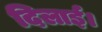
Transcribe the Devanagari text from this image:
दिलार्इ।